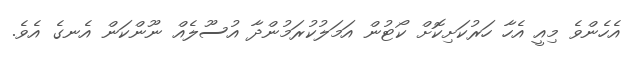
އެހެންވެ މިއީ އެހާ ހަރުކަށިކޮށް ކޯޓުން އަމަލުކުރަމުންދާ އުސޫލެއް ނޫންކަން އެނގެ އެވެ.